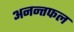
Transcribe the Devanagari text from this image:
अनन्तफल